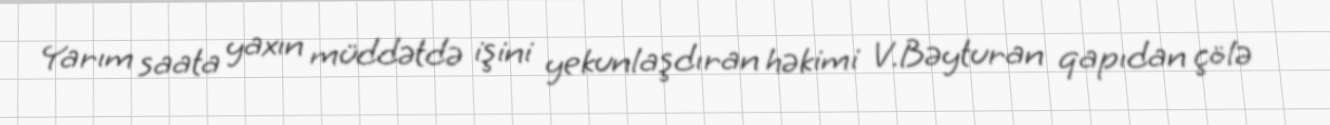
Yarım saata yaxın müddətdə işini yekunlaşdıran həkimi V.Bəyturan qapıdan çölə